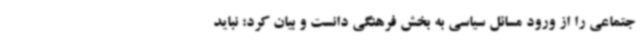
جتماعی را از ورود مسائل سیاسی به بخش فرهنگی دانست و بیان کرد: نباید